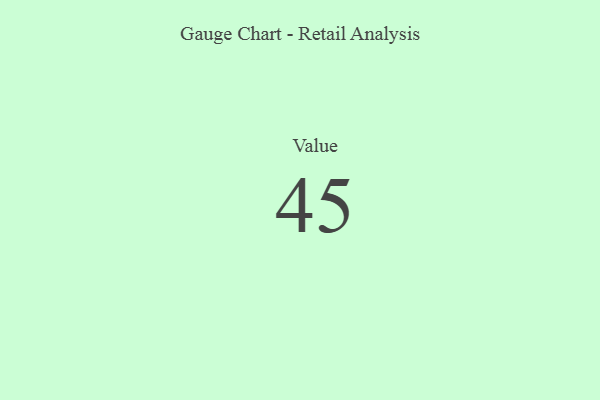
{"axis": {"x": "Metric", "y": "Value"}, "legend": [""], "data": [{"x": "Value", "y": 45, "type": ""}]}